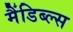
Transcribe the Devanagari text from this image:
मैंडिब्ल्स